Cholera in southern India
Disease focus: Cholera
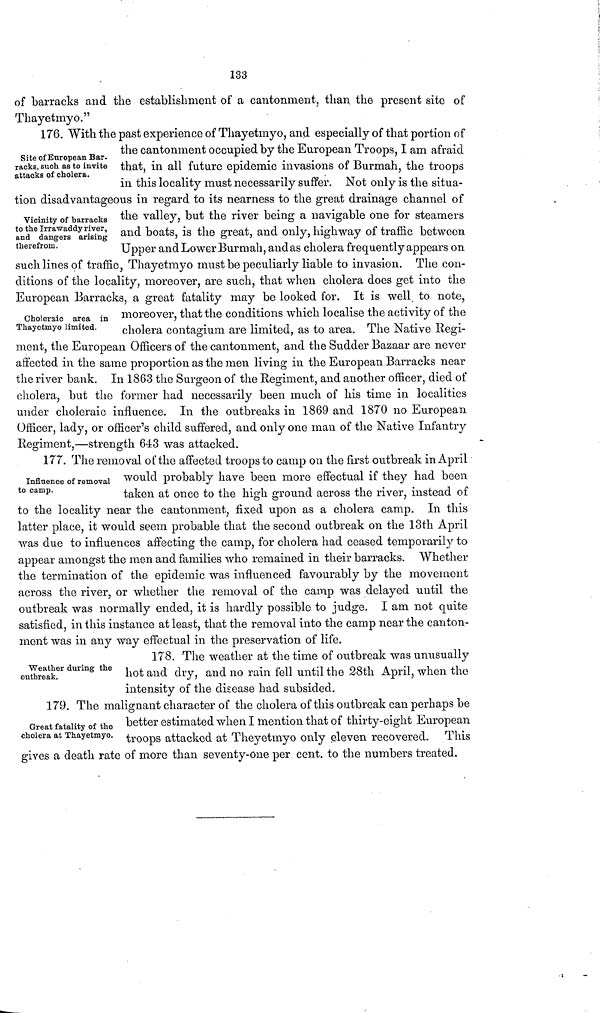
133
of barracks and the establishment of a cantonment, than the present site of
Thayetmyo."
Site of European Bar-
racks, such as to invite
attacks of cholera.
176. With the past experience of Thayetmyo, and especially of that portion of
the cantonment occupied by the European Troops, I am afraid
that, in all future epidemic invasions of Burmah, the troops
in this locality must necessarily suffer. Not only is the situa-
tion disadvantageous in regard to its nearness to the great drainage channel of
Vicinity of barracks
to the Irrawaddy river,
and dangers arising
therefrom.
the valley, but the river being a navigable one for steamers
and boats, is the great, and only, highway of traffic between
Upper and Lower Burmah, andas cholera frequently appears on
such lines of traffic, Thayetmyo must be peculiarly liable to invasion. The con-
ditions of the locality, moreover, are such, that when cholera does get into the
European Barracks, a great fatality may be looked for. It is well, to note,
Choleraic area in
Thayetmyo limited.
moreover, that the conditions which localise the activity of the
cholera contagium are limited, as to area. The Native Regi-
ment, the European Officers of the cantonment, and the Sudder Bazaar are never
affected in the same proportion as the men living in the European Barracks near
the river bank. In 1863 the Surgeon of the Regiment, and another officer, died of
cholera, but the former had necessarily been much of his time in localities
under choleraic influence. In the outbreaks in 1869 and 1870 no European
Officer, lady, or officer's child suffered, and only one man of the Native Infantry
Regiment,—strength 643 was attacked.
Influence of removal
to camp.
177. The removal of the affected troops to camp on the first outbreak in April
would probably have been more effectual if they had been
taken at once to the high ground across the river, instead of
to the locality near the cantonment, fixed upon as a cholera camp. In this
latter place, it would seem probable that the second outbreak on the 13th April
was due to influences affecting the camp, for cholera had ceased temporarily to
appear amongst the men and families who remained in their barracks. Whether
the termination of the epidemic was influenced favourably by the movement
across the river, or whether the removal of the camp was delayed until the
outbreak was normally ended, it is hardly possible to judge. I am not quite
satisfied, in this instance at least, that the removal into the camp near the canton-
ment was in any way effectual in the preservation of life.
Weather during the
outbreak.
178. The weather at the time of outbreak was unusually
hot and dry, and no rain fell until the 28th April, when the
intensity of the disease had subsided.
Great fatality of the
cholera at Thayetmyo.
179. The malignant character of the cholera of this outbreak can perhaps be
better estimated when I mention that of thirty-eight European
troops attacked at Theyetinyo only eleven recovered. This
gives a death rate of more than seventy-one per cent, to the numbers treated.